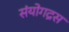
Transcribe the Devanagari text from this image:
संयोगद्रस